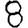
Digit: 8